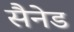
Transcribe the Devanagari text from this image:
सैनेड